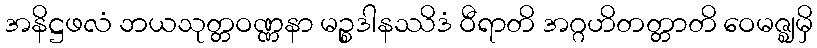
အနိဋ္ဌဖလံ ဘယသုတ္တဝဏ္ဏနာ မဉ္စဒါနဿိဒံ ဝီရာတိ အဂ္ဂဟိတတ္တာတိ ဝေမဇ္ဈမှိ